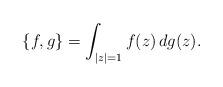
LaTeX: \begin{align*} \{f,g\}=\int_{|z|=1} f(z)\,dg(z). \end{align*}